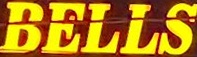
BELLS